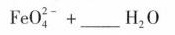
F e O _ { 4 } ^ { 2 - } + ___ H _ { 2 } O$$